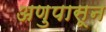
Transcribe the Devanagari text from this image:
अणुपासून